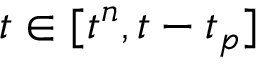
t \in [ t ^ { n } , t - t _ { p } ]